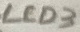
Text: LED3